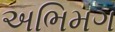
અભિમગ